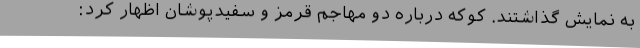
به نمایش گذاشتند. کوکه درباره دو مهاجم قرمز و سفیدپوشان اظهار کرد: